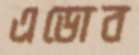
এডোব